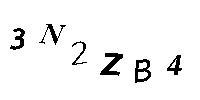
3N2ZB4